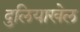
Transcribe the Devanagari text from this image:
दुलियाखेल